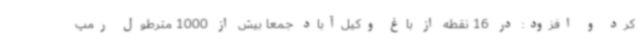
کرد و افزود: در 16 نقطه از باغ وکیل‌آباد جمعا بیش از 1000 مترطول رمپ